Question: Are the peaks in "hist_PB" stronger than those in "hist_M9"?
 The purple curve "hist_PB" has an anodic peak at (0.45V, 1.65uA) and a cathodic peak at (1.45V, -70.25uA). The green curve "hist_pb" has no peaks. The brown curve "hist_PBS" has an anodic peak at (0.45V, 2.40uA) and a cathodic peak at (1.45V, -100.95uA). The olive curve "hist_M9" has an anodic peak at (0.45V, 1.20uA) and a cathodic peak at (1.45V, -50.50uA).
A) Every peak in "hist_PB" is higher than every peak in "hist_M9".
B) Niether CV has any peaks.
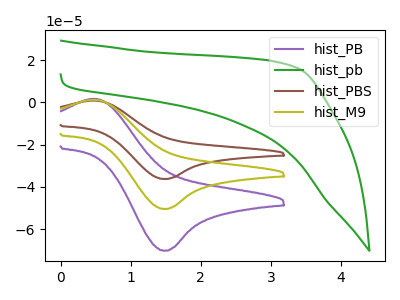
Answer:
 <answer>A) Every peak in "hist_PB" is higher than every peak in "hist_M9".</answer>
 <eval>A</eval>